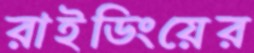
রাইডিংয়ের